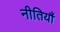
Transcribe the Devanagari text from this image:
नीतियौं